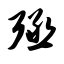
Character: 殛